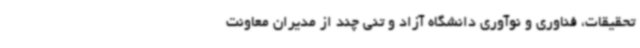
تحقیقات، فناوری و نوآوری دانشگاه آزاد و تنی چند از مدیران معاونت